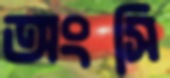
অংসি